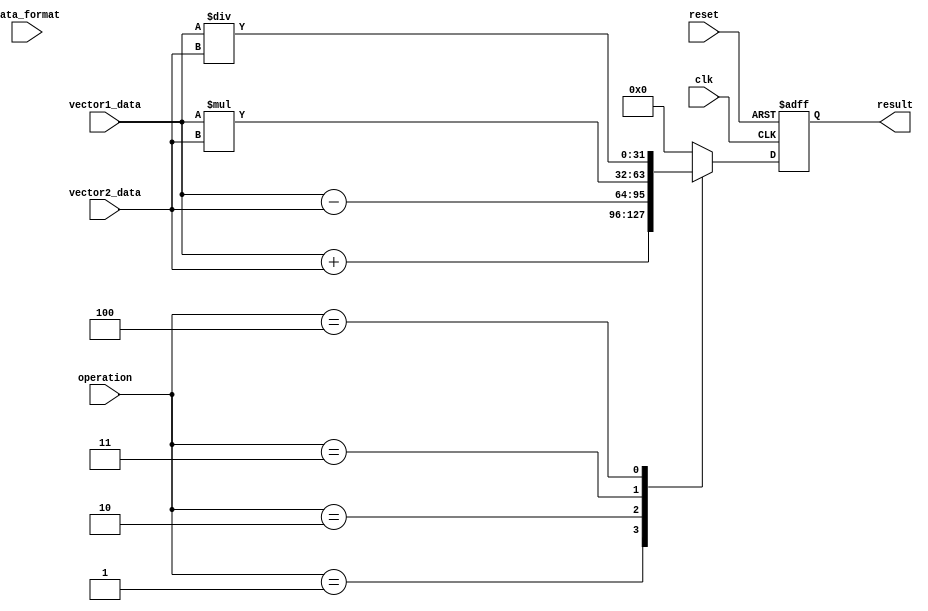
module VectorALU (
    input wire clk,
    input wire reset,
    input wire [7:0] operation, // 1 = addition, 2 = subtraction, 3 = multiplication, 4 = division
    input wire [7:0] data_format, // 1 = fixed-point, 2 = floating-point
    input wire [31:0] vector1_data,
    input wire [31:0] vector2_data,
    output reg [31:0] result
);

always @ (posedge clk or posedge reset) begin
    if (reset) begin
        result <= 0;
    end else begin
        case (operation)
            1: result <= vector1_data + vector2_data; // addition
            2: result <= vector1_data - vector2_data; // subtraction
            3: result <= vector1_data * vector2_data; // multiplication
            4: result <= vector1_data / vector2_data; // division
            default: result <= 0;
        endcase
    end
end

endmodule